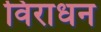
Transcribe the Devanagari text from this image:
विराधन